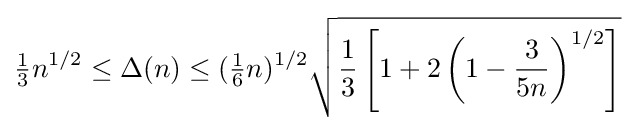
{\tfrac {1}{3}}n^{1/2}\leq \Delta (n)\leq ({\tfrac {1}{6}}n)^{1/2}{\sqrt {{\frac {1}{3}}\left[1+2\left(1-{\frac {3}{5n}}\right)^{1/2}\right]}}